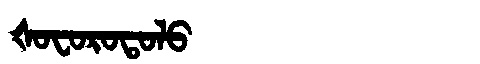
Manchu: ᡧᠣᠸᠣᡵᠣᡨᠣᠯᠣ
Romanization: ŠOFOROTOLO